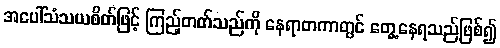
အပေါ်သံသယစိတ်ဖြင့် ကြည့်တတ်သည်ကို နေရာတကာတွင် တွေ့နေရသည်ဖြစ်၍